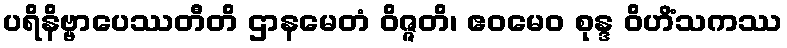
ပရိနိဗ္ဗာပေဿတီတိ ဌာနမေတံ ဝိဇ္ဇတိ၊ ဧဝမေဝ စုန္ဒ ဝိဟိံသကဿ